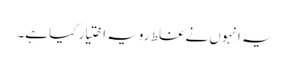
یہ انہوں نے غلط رویہ اختیار کیا ہے۔